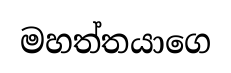
මහත්තයාගෙ